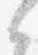
之